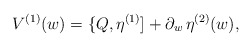
\begin{align*}V^{(1)}(w) = \{ Q, \eta^{(1)} ] + \partial_w\, \eta^{(2)}(w) ,\end{align*}